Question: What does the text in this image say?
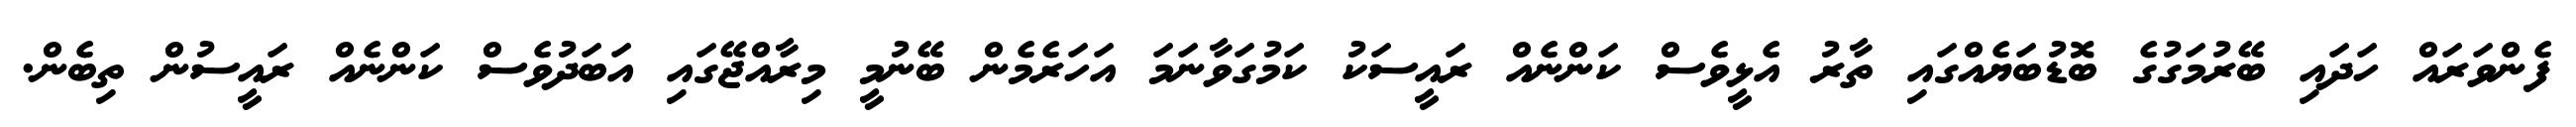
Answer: ފެންވަރައް ހަދައި ބޭރުމަގުގެ ބޮޑުބަޔެއްގައި ތާރު އެޅީވެސް ކަންނެއް ރައީސަކު ކަމުގަވާނަމަ އަހަރެމެން ބޭނުމީ މިރާއްޖޭގައި އަބަދުވެސް ކަންނެއް ރައީސުން ތިބެން.